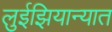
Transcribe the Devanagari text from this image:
लुईझियान्यात